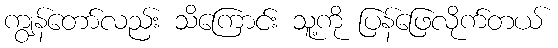
ကျွန်တော်လည်း သိကြောင်း သူ့ကို ပြန်ဖြေလိုက်တယ်